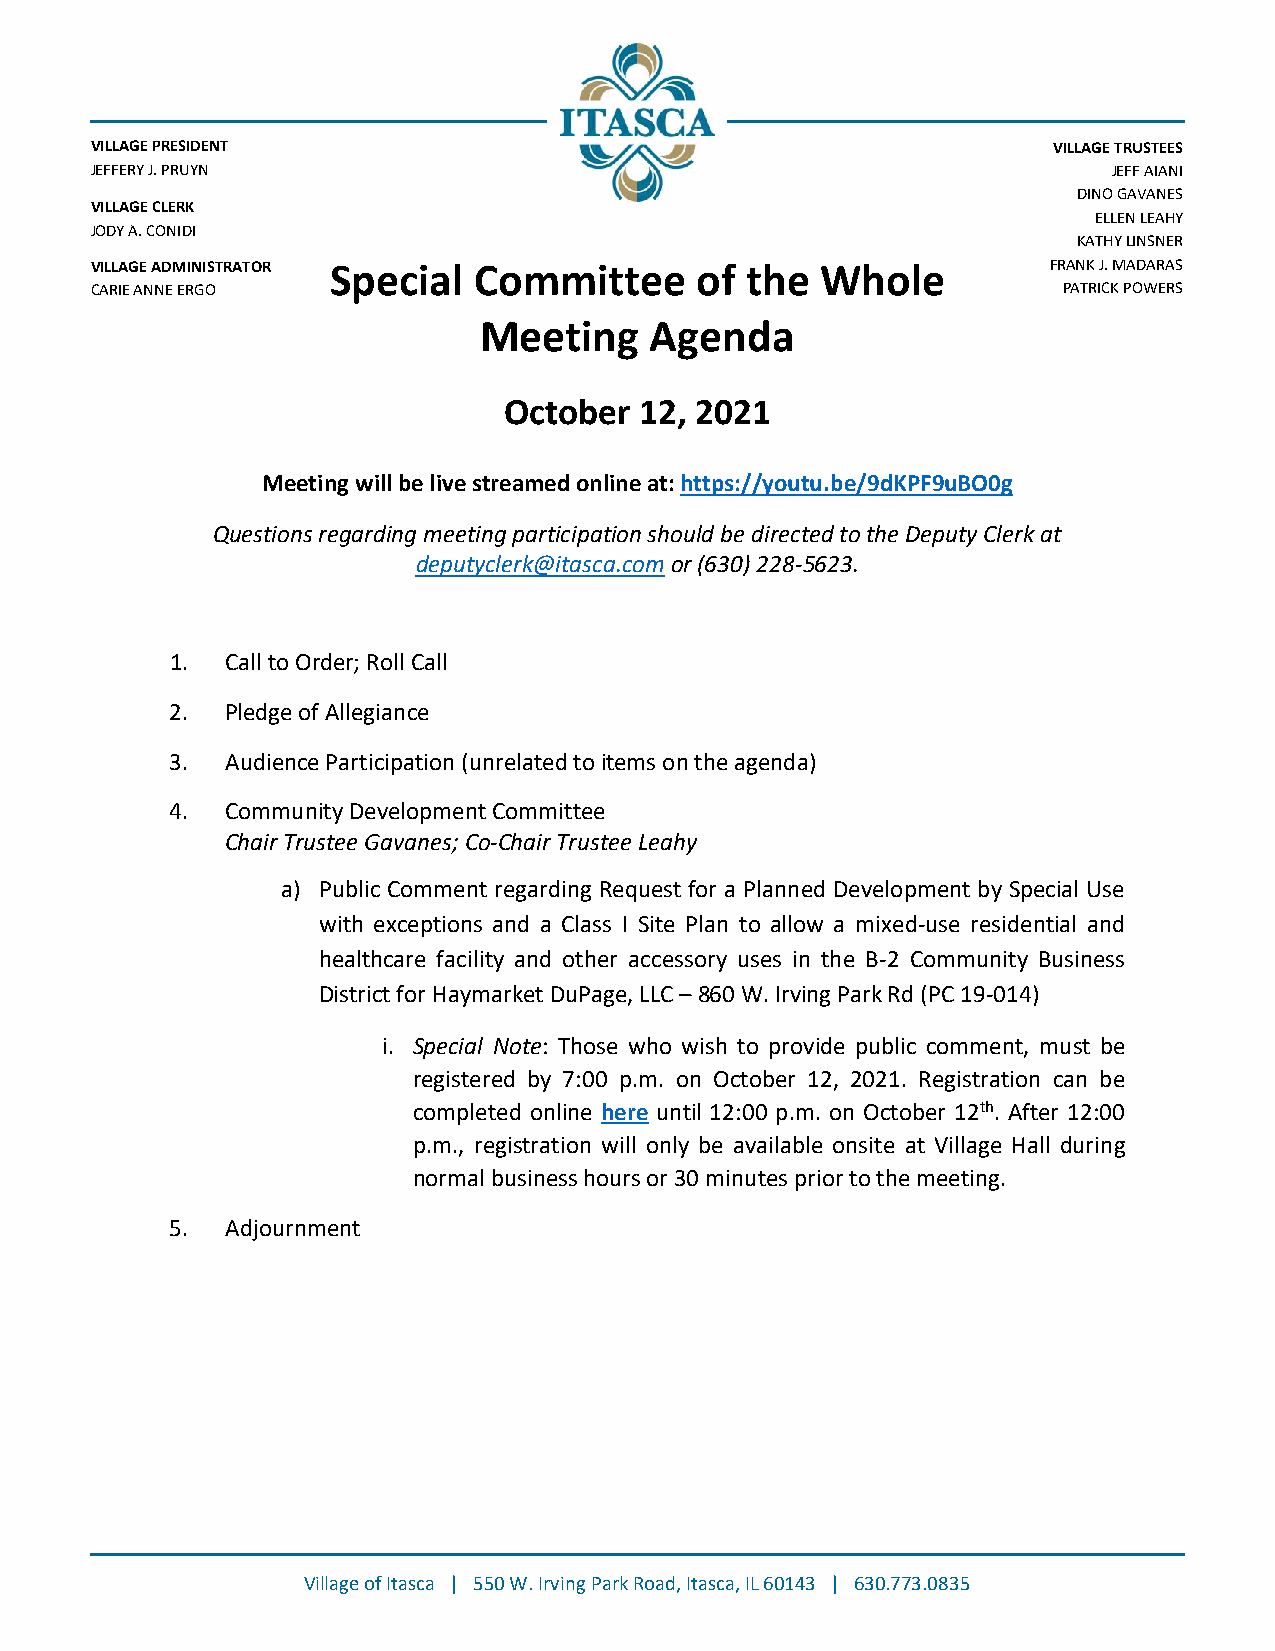
VILLAGE PRESIDENT                                               VILLAGE TRUSTEES
 JEFFERY J. PRUYN                                                    JEFF AIANI
 DINO GAVANES
 VILLAG E CLERK
 ELLEN LEAHY
 JODY AVij . CONIDI
 KATHY LINSNER
 VILLAGE ADMINISTRATOR Special Committee of the  Whole           FRANK J. MADARAS
 CARIE ANNE ERGO                                                 PATRICK POWERS
 Meeting    Agenda
 October  12, 2021
 Meeting will be live streamed online at: https://youtu.be/9dKPF9uBO0g
 Questions regarding meeting participation should be directed to the Deputy Clerk at
 deputyclerk@itasca.com or (630) 228-5623.
 1.  Call to Order; Roll Call
 2.  Pledge of Allegiance
 3.  Audience Participation (unrelated to items on the agenda)
 4.  Community Development Committee
 Chair Trustee Gavanes; Co-Chair Trustee Leahy
 a) Public Comment regarding Request for a Planned Development by Special Use
 with exceptions and a Class I Site Plan to allow a mixed-use residential and
 healthcare facility and other accessory uses in the B-2 Community Business
 District for Haymarket DuPage, LLC – 860 W. Irving Park Rd (PC 19-014)
 i. Special Note: Those who wish to provide public comment, must be
 registered by 7:00 p.m. on October 12, 2021. Registration can be
 completed online here until 12:00 p.m. on October 12th. After 12:00
 p.m., registration will only be available onsite at Village Hall during
 normal business hours or 30 minutes prior to the meeting.
 5.  Adjournment
 Village of Itasca | 550 W. Irving Park Road, Itasca, IL 60143 | 630.773.0835